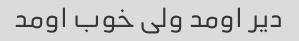
دیر اومد ولی خوب اومد